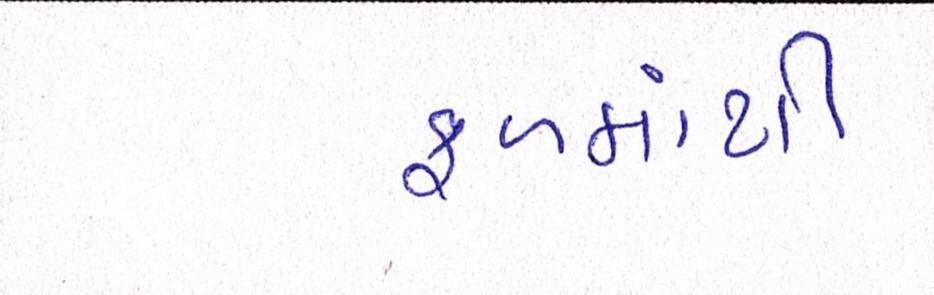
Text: ફળમાંથી